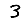
Digit: 3